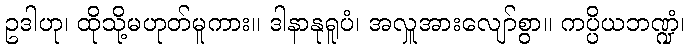
ဥဒါဟု၊ ထိုသို့မဟုတ်မူကား။ ဒါနာနုရူပံ၊ အလှူအားလျော်စွာ။ ကပ္ပိယဘဏ္ဍံ၊